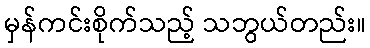
မှန်ကင်းစိုက်သည့် သဘွယ်တည်း။